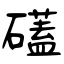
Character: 礚